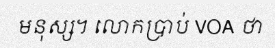
មនុស្ស។ លោកប្រាប់ VOA ថា